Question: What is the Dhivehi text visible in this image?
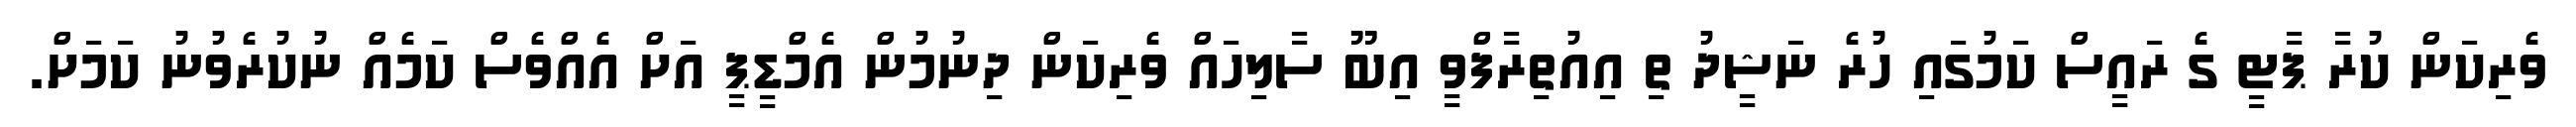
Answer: ވެރިކަން ކުރާ ޕާޓީ ގެ ރައީސް ކަމުގައި ހުރެ ނަޝީދު ތި އިއުތިރާފްވީ އިބޫ ސާލިހައް ވެރިކަން ދިނުމުން އެމްޑީޕީ އަށް އެއްވެސް ކަމެއް ނުކުރެވުނު ކަމަށް.